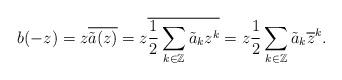
LaTeX: \begin{align*}b(-z) = z \overline{\tilde{a}(z)} = z \overline{\frac{1}{2} \sum_{k \in \mathbb{Z}} \tilde{a}_{k} z^{k}} = z \frac{1}{2} \sum_{k \in \mathbb{Z}} \tilde{a}_{k} \overline{z}^{k} .\end{align*}